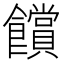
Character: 𮩗